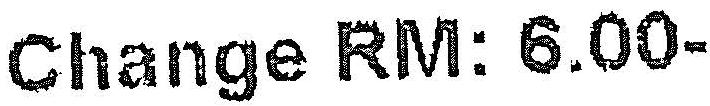
CHANGE RM: 6.00-